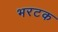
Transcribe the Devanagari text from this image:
भरटक